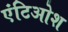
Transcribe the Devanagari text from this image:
एंटिओश